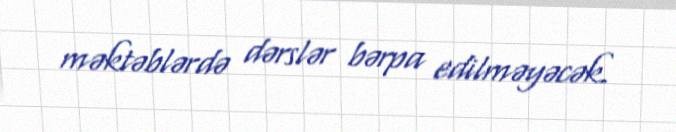
məktəblərdə dərslər bərpa edilməyəcək.